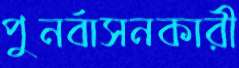
পুনর্বাসনকারী